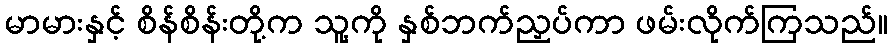
မာမားနှင့် စိန်စိန်းတို့က သူ့ကို နှစ်ဘက်ညှပ်ကာ ဖမ်းလိုက်ကြသည်။